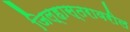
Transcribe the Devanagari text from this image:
जिल्हास्तरावरील